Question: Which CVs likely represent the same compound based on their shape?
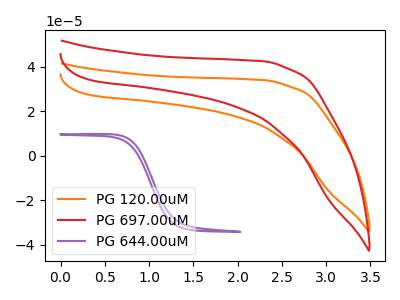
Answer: <think>The orange curve "PG 120.00uM" has no peaks. The red curve "PG 697.00uM" has no peaks. The purple curve "PG 644.00uM" has no peaks.
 Neither "PG 120.00uM" or "PG 697.00uM" have any peaks. Neither "PG 120.00uM" or "PG 644.00uM" have any peaks. Neither "PG 697.00uM" or "PG 644.00uM" have any peaks.</think>
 <answer>"PG 120.00uM", "PG 697.00uM" and "PG 644.00uM" have the same shape and are likely CV's of the same chemical.</answer>
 <eval>"PG 120.00uM" "PG 697.00uM" "PG 644.00uM"</eval>